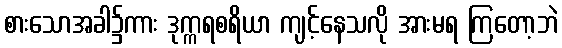
စားသောအခါ၌ကား ဒုက္ကရစရိယာ ကျင့်နေသလို အားမရ ကြတော့ဘဲ